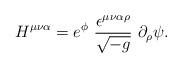
LaTeX: \begin{align*}H^{\mu\nu\alpha} =e^{\phi}~\frac{\epsilon^{\mu\nu\alpha\rho}}{\sqrt{-g}}~\partial_{\rho}\psi.\end{align*}